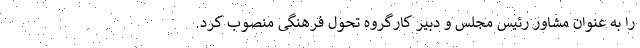
را به عنوان مشاور رئیس مجلس و دبیر کارگروه تحول فرهنگی منصوب کرد.